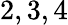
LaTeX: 2,3,4